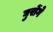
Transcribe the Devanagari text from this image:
घुसेंगे